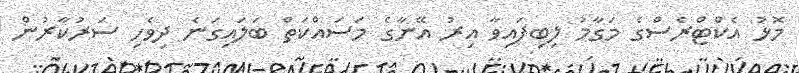
މޮޅު އެކްޓްރެސްގެ މަގާމު ލިބިފައިވާ އިރު އޭނާގެ މަސައްކަތް ބަލައިގަނެ ދިވެހި ސަރުކާރުން